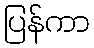
ပြန်ကာ